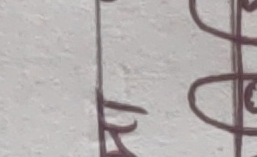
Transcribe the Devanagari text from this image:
१२